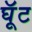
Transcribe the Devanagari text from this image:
घूॅट